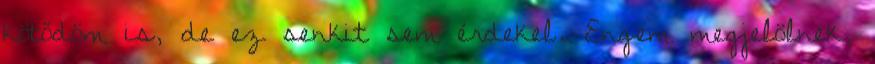
kötődöm is, de ez senkit sem érdekel. Engem megjelölnek,